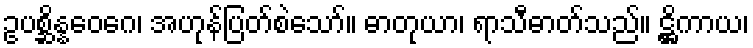
ဥပစ္ဆိန္နဝေဂေ၊ အဟုန်ပြတ်စဲသော်။ ဓာတုယာ၊ ရာသီဓာတ်သည်။ ဋ္ဌိကာယ၊